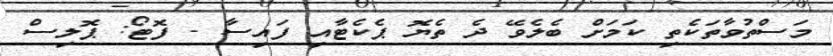
މަސްތުވާތަކެތި ކަމަށް ބެލެވޭ ދެ ތެޔޮ ޕެކެޓާއި ފައިސާ - ފޮޓޯ: ޕޮލިސް